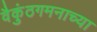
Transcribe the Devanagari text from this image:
वैकुंठगमनाच्या